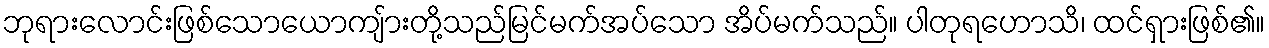
ဘုရားလောင်းဖြစ်သောယောကျ်ားတို့သည်မြင်မက်အပ်သော အိပ်မက်သည်။ ပါတုရဟောသိ၊ ထင်ရှားဖြစ်၏။